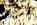
يعرفك